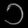
Digit: ၁